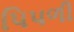
પિપળી